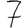
Digit: 7